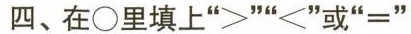
四、在\circ 里填上“>”“<”或“=”